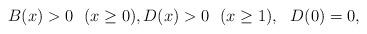
LaTeX: \begin{align*} B(x)>0\ \ (x\geq 0),D(x)>0\ \ (x\geq 1),\ \ D(0)=0, \end{align*}